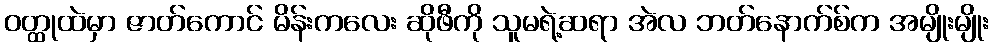
ဝတ္ထုထဲမှာ ဇာတ်ကောင် မိန်းကလေး ဆိုဖီကို သူမရဲ့ဆရာ အဲလ ဘတ်နောက်စ်က အမျိုးမျိုး